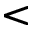
<